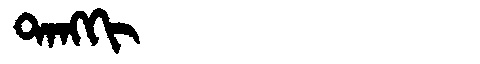
Manchu: ᡨᠠᠩᡴᡳ
Romanization: TANGKI